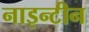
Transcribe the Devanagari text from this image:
नाइन्टीन